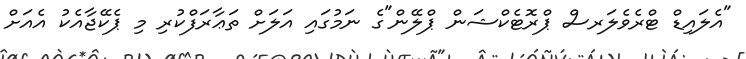
"އެލައިޑް ޓްރެވެލަރސް ޕްރޮޓެކްޝަން ޕްލޭން"ގެ ނަމުގައި އަލަށް ތަޢާރަފްކުރި މި ޕެކޭޖާއެކު އެއަށް